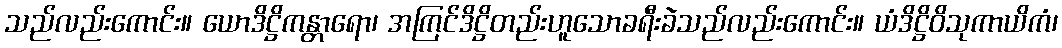
သည်လည်းကောင်း။ ယောဒိဋ္ဌိကန္တာရော၊ အကြင်ဒိဋ္ဌိတည်းဟူသောခရီးခဲသည်လည်းကောင်း။ ယံဒိဋ္ဌိဝိသုကာယိကံ၊